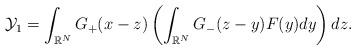
LaTeX: \begin{align*}\mathcal{Y}_1 = \int_{\mathbb{R}^N} G_+ (x-z) \left( \int_{\mathbb{R}^N} G_-(z-y) F(y) dy \right) dz.\end{align*}